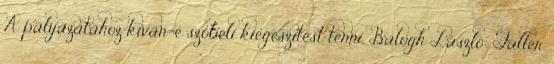
A pályázatához kíván-e szóbeli kiegészítést tenni. Balogh László: Faller